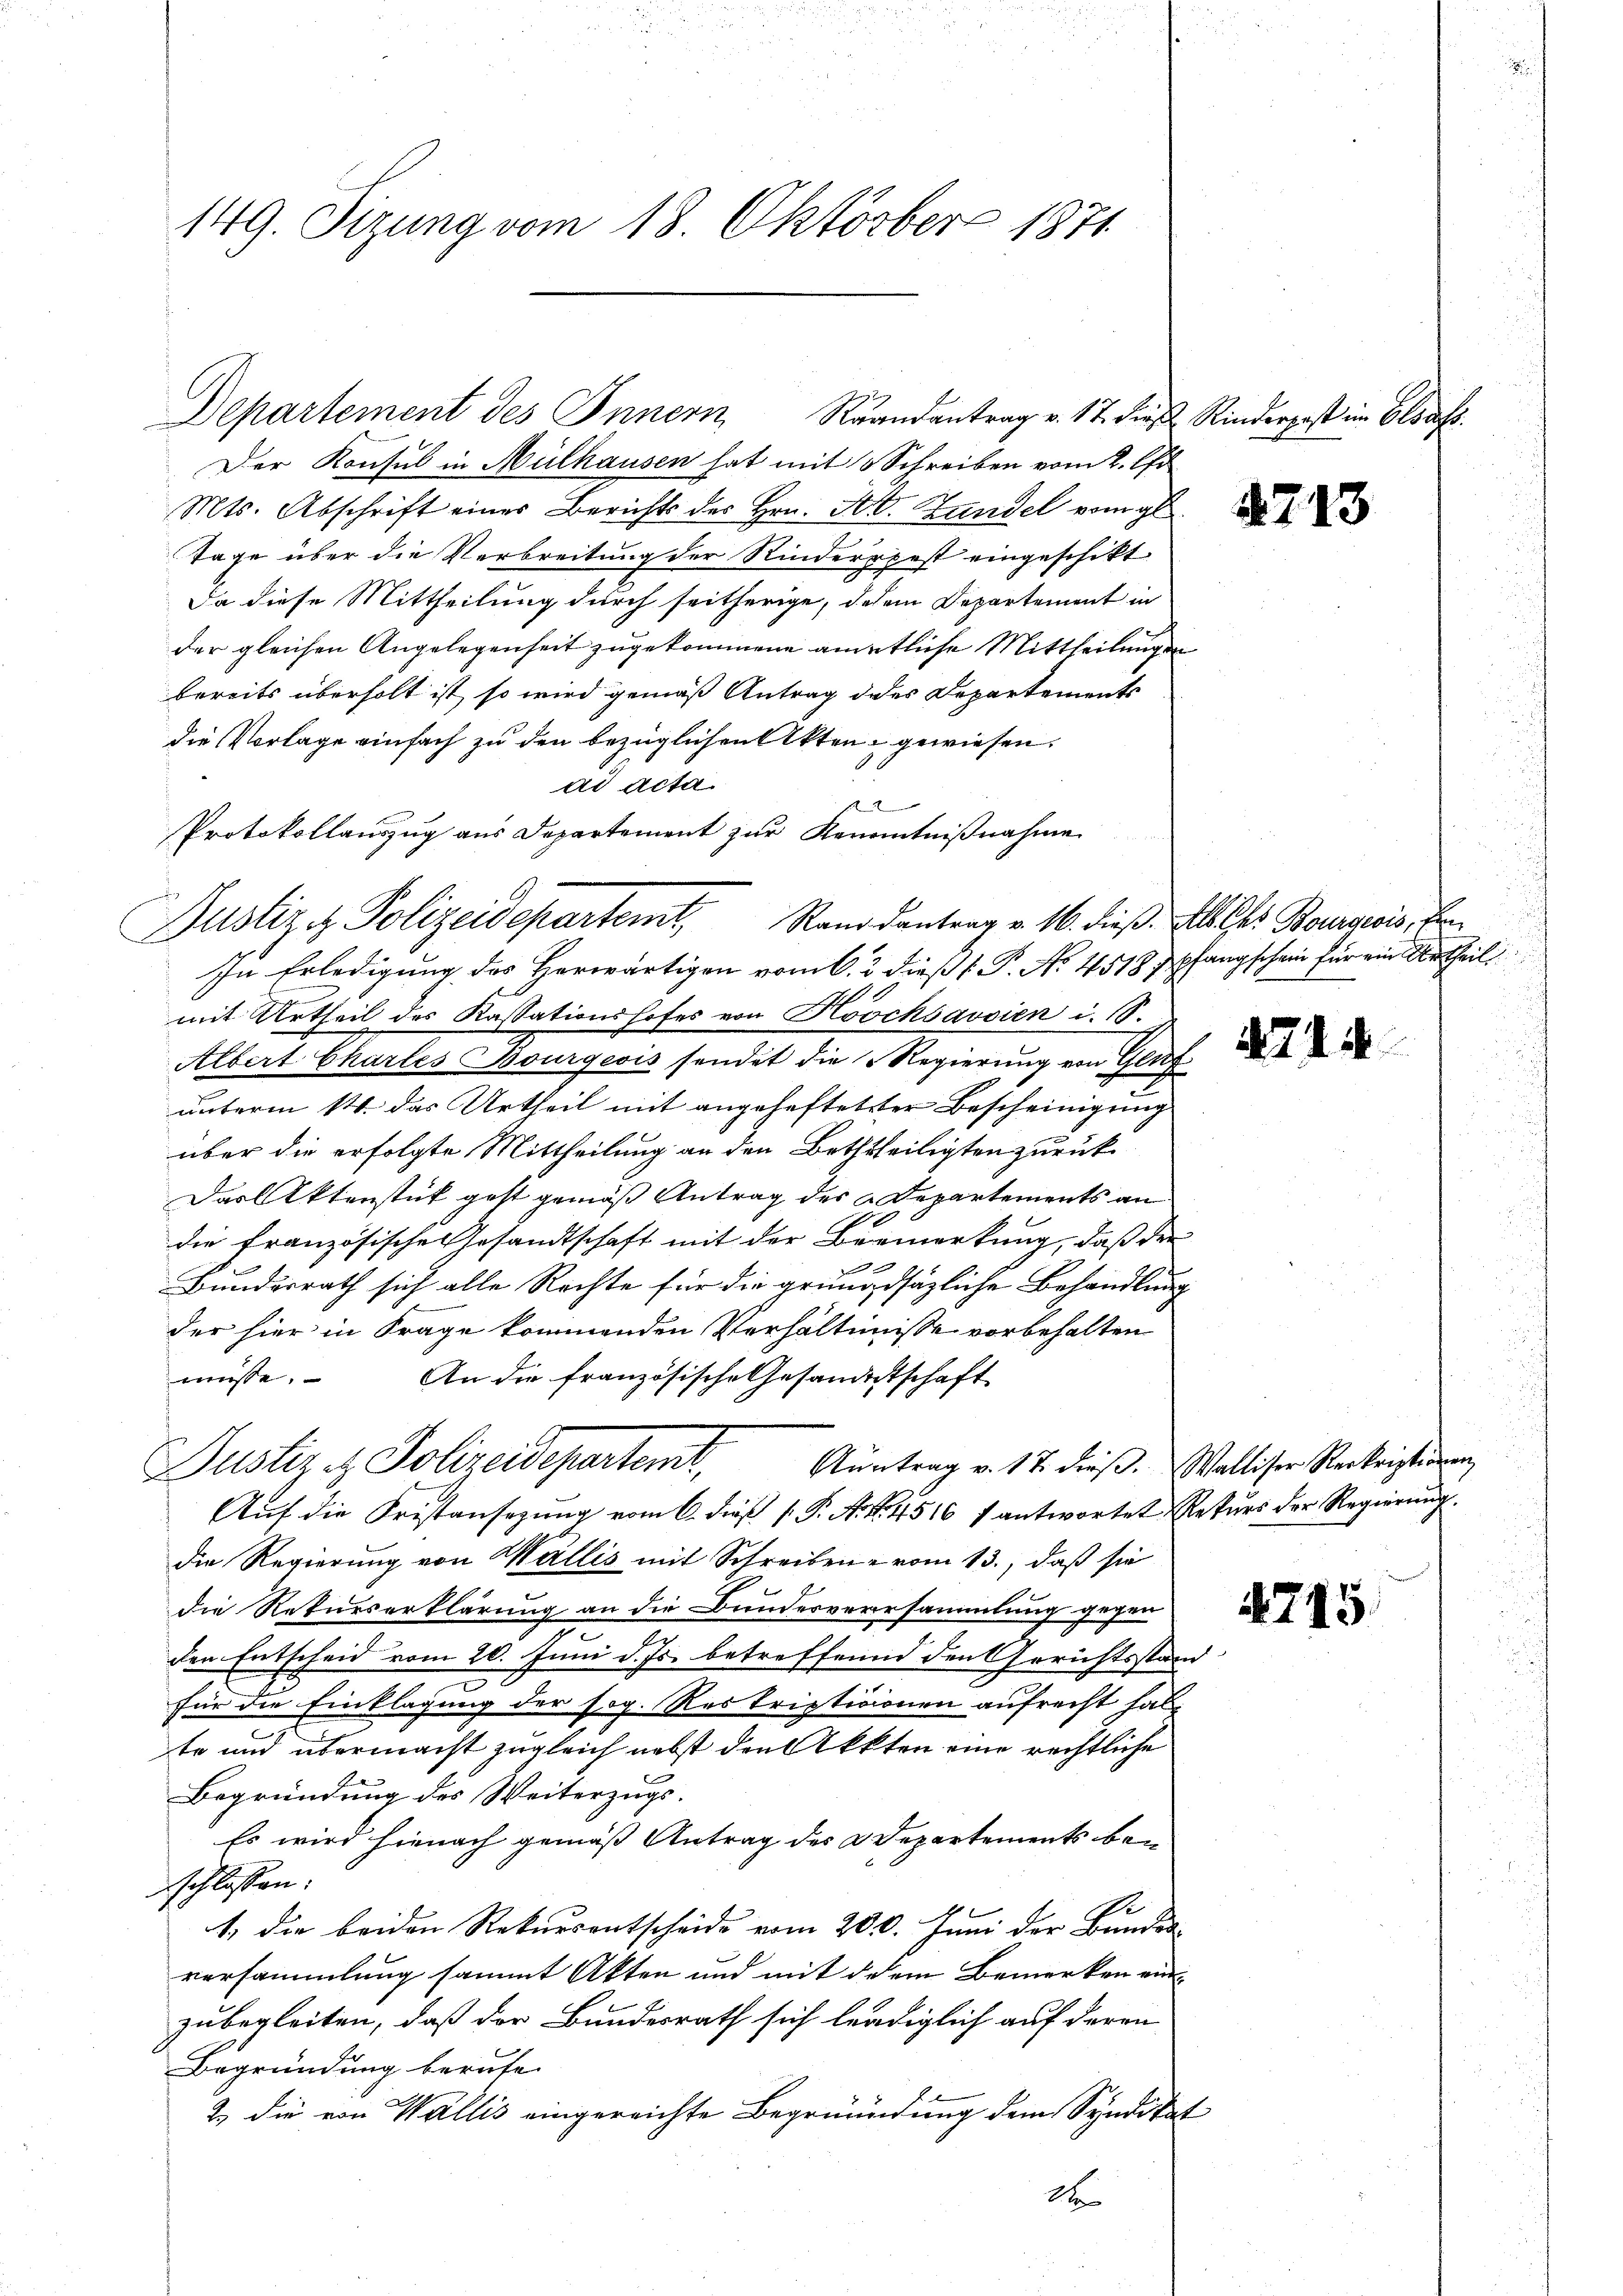
149. Sizung vom 18. Oktober 1871

Departement des Innern Randantrag v. 17. dieβ Rinderpost im Elsa
Der Konsul in Mülhausen hat mit 3 Schreiben vom 2. Apr
Mts. Abschrift eines Berichts des Hrn. Kr. Handel vom gl
Tage über die Verbreitung der Rinderopest eingeschikt
Da diese Mittheilung durch seitherige, dasein Departement in
i
der gleichen Angelegenheit zugekommene amtliche Mittheilungen
bereits überholt ist, so wird gemäß Antrag des Departements
die Vorlage einfach zu den bezüglichen Akten gewiesen.
ad acta.
s
Protokollauszug aus Departement zur Kenntnißnahme
In Erledigung des Herwärtigen vom 6. 2 dieß P. No 4518) pfangschein für ein Urtheil
mit Urtheil des Kassationshofes von Köschsavsien i. S.
Albert Chartes Bourgeois sendet die Regierung von Glut
unterm 14. das Urtheil mit angeheftetter Bescheinigung
über die erfolgte Mittheilung an den Beththeiligten zurück
Das Aktenstück gest gemäß Antrag des Departements an
die Französische Gesandtschaft mit der Bermerkung, daß der
Bundesrath sich alle Rechte für die grunddsäzliche Behandlung
der hier in Frage kommenden Verhältnisse vorbehalten
müsse. An die französische Gesandtschaft
Justiz & Polizeidepartemt,
Auntrag v. 17. dieβ. Walliser Reskriptionen,
Aŭf die Fristansezung vom 6. dieβ K. A. R. 4516 f antwortet Rekŭrs der Regierŭng.
die Regierung von Wallis mit Schreiben vom 13., daß sie
die Rekurserklärung an die Bundesversammlung gegen
den Entscheid vom 20. Juni d. Js. betreffend den Gerichtsstand
0
für die Einklagung der sog. Reskripticionen aufrecht halte und übermacht zugleich nebst den Akkten eine rechtliche
Begründung des Weiterzugs-
Es wird hienach gemäß Antrag des Departements bei
schlossen:
1
1. die beiden Rekursentscheide vom 200. Juni der Bundes
versammlung sammt Akten und mit diesem Bemerken einzubegleiten, daß der Bundesrath sich lediglich auf deren
Begründung berufe.
2. die von Wallis eingereichte Begründung dem Syndika
2

Justiz & Polizeidepartemt, Rand dantrag v. M. dieß. Als les Bourvois, Er

1

4713

74

.

4745.